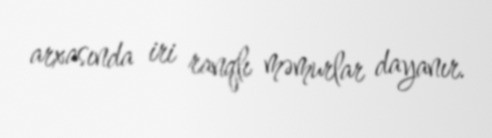
arxasında iri ranqlı məmurlar dayanır.